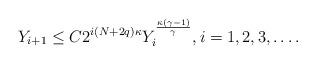
LaTeX: \begin{align*}Y_{i+1} \leq C 2^{i(N+2 q) \kappa} Y_i^{ \frac{\kappa(\gamma-1)}{\gamma}},i=1,2,3, \ldots.\end{align*}